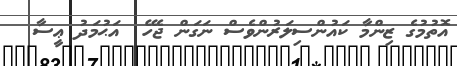
އޮތުމުގެ ޒިންމާ ކައުންސިލަރުންވެސް ނަގަން ޖެހޭ  އަޙުމަދު ޢީސާ